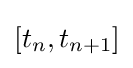
[t_{n},t_{n+1}]